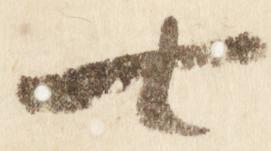
七